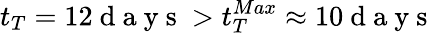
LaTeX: t_{T}=12\mathrm{~d~a~y~s~}>t_{T}^{Max}\approx 10\mathrm{~d~a~y~s~}